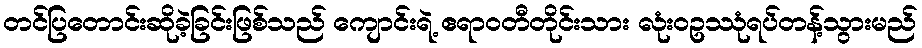
တင်ပြတောင်းဆိုခဲ့ခြင်းဖြစ်သည် ကျောင်းရဲ့ ဧရာဝတီတိုင်းသား လုံးဝဥဿုံရပ်တန့်သွားမည်